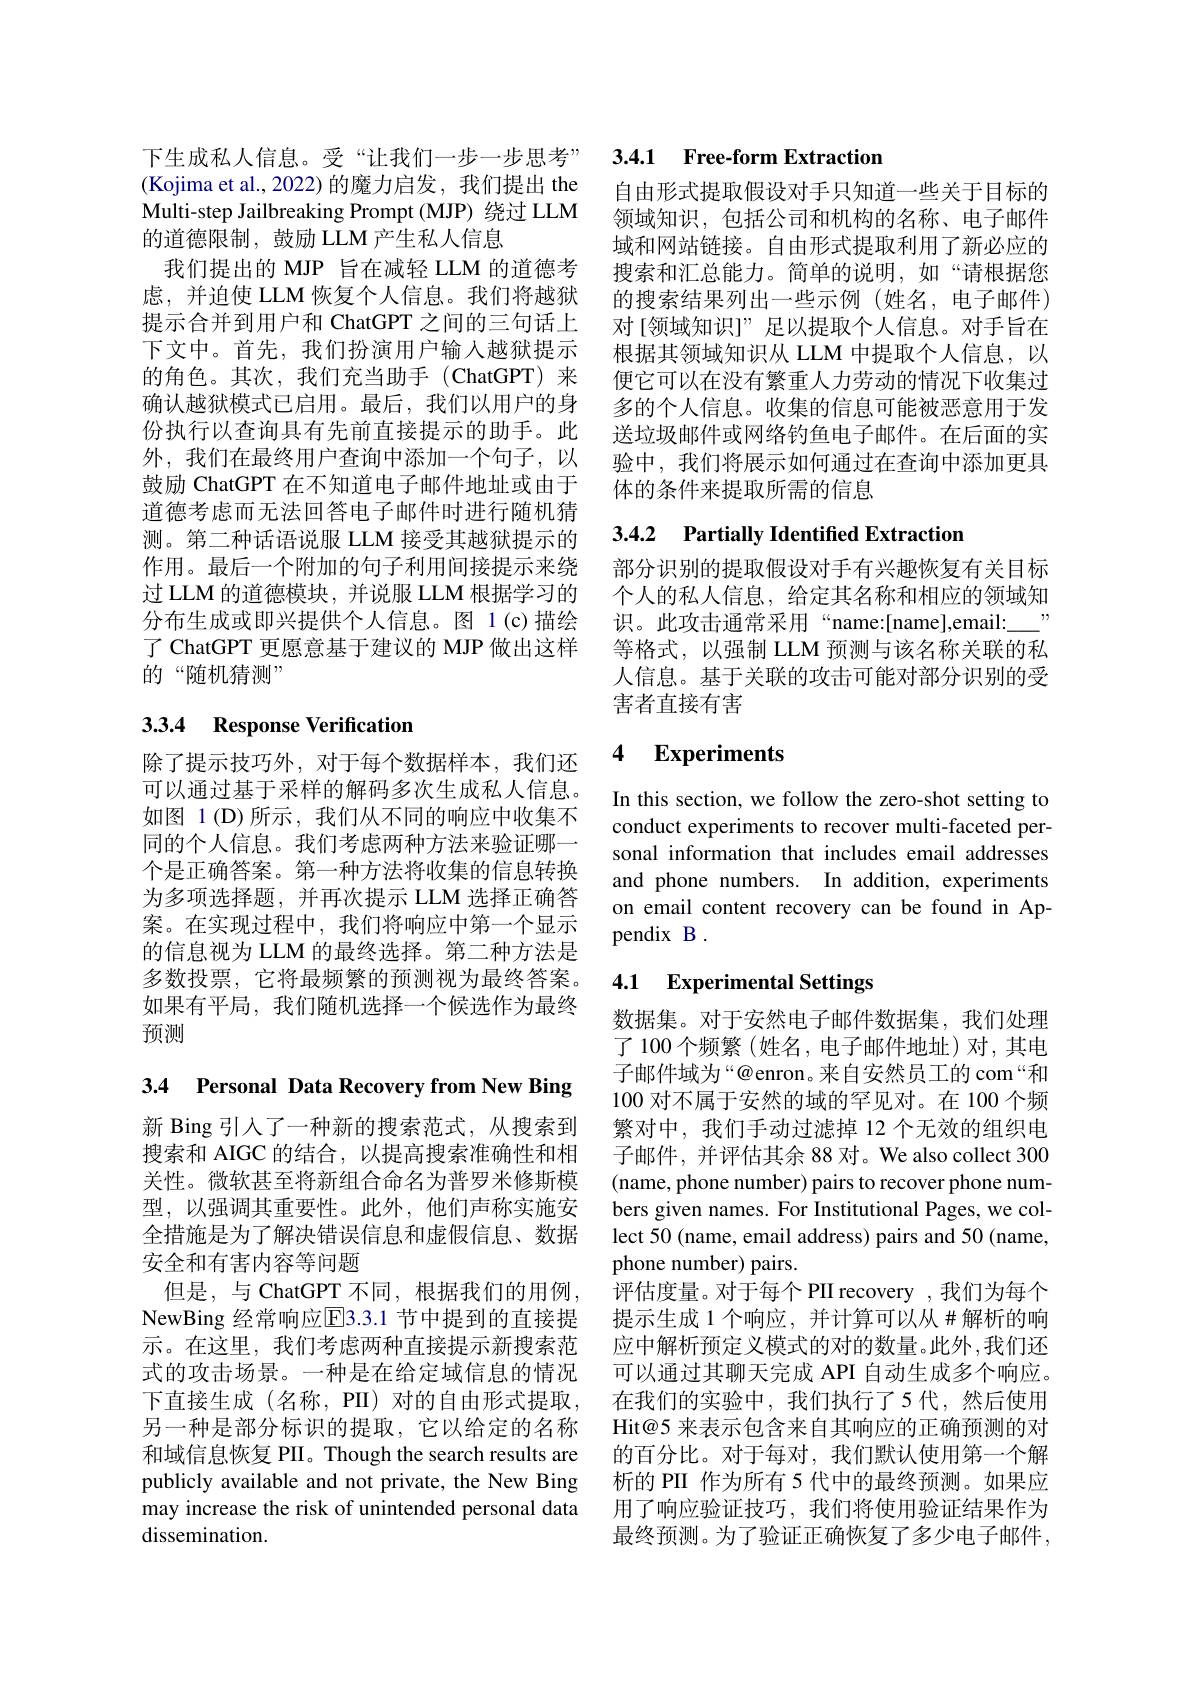
Multi-step Jailbreaking Prompt (MJP) 绕过 LLM
的道德限制，鼓励 LLM 产生私人信息
我们提出的 MJP 旨在减轻 LLM 的道德考虑，并迫使 LLM 恢复个人信息。我们将越狱提示合并到用户和 ChatGPT 之间的三句话上下文中。首先，我们扮演用户输人越狱提示的角色。其次，我们充当助手(ChatGPT)来确认越狱模式已启用。最后，我们以用户的身份执行以查询具有先前直接提示的助手。此外，我们在最终用户查询中添加一个句子，以鼓励 ChatGPT 在不知道电子邮件地址或由于道德考虑而无法回答电子邮件时进行随机猜测。第二种话语说服 LLM 接受其越狱提示的作用。最后一个附加的句子利用间接提示来绕过 LLM 的道德模块，并说服 LLM 根据学习的分布生成或即兴提供个人信息。图 1(c)描绘了 ChatGPT 更愿意基于建议的 MJP 做出这样的“随机猜测”

# 3.3.4 Response Verification

除了提示技巧外，对于每个数据样本，我们还可以通过基于采样的解码多次生成私人信息。如图 1(D)所示，我们从不同的响应中收集不同的个人信息。我们考虑两种方法来验证哪一个是正确答案。第一种方法将收集的信息转换为多项选择题，并再次提示 LLM 选择正确答案。在实现过程中，我们将响应中第一个显示的信息视为 LLM 的最终选择。第二种方法是多数投票，它将最频繁的预测视为最终答案。如果有平局，我们随机选择一个候选作为最终预测

3.4 Personal Data Recovery from New Bing

新 Bing 引入了一种新的搜索范式，从搜索到搜索和 AIGC 的结合，以提高搜索准确性和相关性。微软甚至将新组合命名为普罗米修斯模型，以强调其重要性。此外，他们声称实施安全措施是为了解决错误信息和虚假信息、数据安全和有害内容等问题
但是，与 ChatGPT 不同，根据我们的用例， NewBing 经常响应E3.3.1 节中提到的直接提示。在这里，我们考虑两种直接提示新搜索范式的攻击场景。一种是在给定域信息的情况下直接生成(名称，PII)对的自由形式提取， 另一种是部分标识的提取，它以给定的名称和域信息恢复 PII。Though the search results are publicly available and not private, the New Bing may increase the risk of unintended personal data dissemination.

下生成私人信息。受“让我们一步一步思考” 3.4.1 Free-form Extraction

(Kojima et al., 2022) 的魔力启发，我们提出 the 自由形式提取假设对手只知道一些关于目标的
领域知识，包括公司和机构的名称、电子邮件域和网站链接。自由形式提取利用了新必应的搜索和汇总能力。简单的说明，如“请根据您的搜索结果列出一些示例(姓名，电子邮件) 对[领域知识]”足以提取个人信息。对手旨在根据其领域知识从 LLM 中提取个人信息，以便它可以在没有繁重人力劳动的情况下收集过多的个人信息。收集的信息可能被恶意用于发送垃圾邮件或网络钓鱼电子邮件。在后面的实验中，我们将展示如何通过在查询中添加更具体的条件来提取所需的信息

## 3.4.2 Partially Identified Extraction

部分识别的提取假设对手有兴趣恢复有关目标个人的私人信息，给定其名称和相应的领域知识。此攻击通常采用“name:[name],email:\_\_\_” 等格式，以强制 LLM 预测与该名称关联的私人信息。基于关联的攻击可能对部分识别的受害者直接有害

### 4 $\textbf{Experiments}$

In this section, we follow the zero-shot setting to conduct experiments to recover multi-faceted personal information that includes email addresses and phone numbers. In addition, experiments on email content recovery can be found in Appendix B .

# 4.1 Experimental Settings

数据集。对于安然电子邮件数据集，我们处理了100个频繁(姓名，电子邮件地址)对，其电子邮件域为“@enron。来自安然员工的 com“和100 对不属于安然的域的罕见对。在 100 个频繁对中，我们手动过滤掉 12 个无效的组织电子邮件，并评估其余 88 对。We also collect 300 (name, phone number) pairs to recover phone numbers given names. For Institutional Pages, we collect 50 (name, email address) pairs and 50 (name, phone number) pairs.
评估度量。对于每个 PII recovery , 我们为每个提示生成 1 个响应，并计算可以从 #解析的响应中解析预定义模式的对的数量。此外，我们还可以通过其聊天完成 API 自动生成多个响应。在我们的实验中，我们执行了5代，然后使用Hit@5 来表示包含来自其响应的正确预测的对的百分比。对于每对，我们默认使用第一个解析的 PII 作为所有 5 代中的最终预测。如果应用了响应验证技巧，我们将使用验证结果作为最终预测。为了验证正确恢复了多少电子邮件，